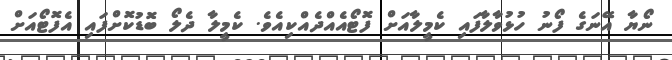
ނޯޔާ އޭނަގެ ފޯނު ހުޅުވާލާފައި ކެމީލާއަށް ފޮޓޯއެއްދެއްކިއެވެ. ކެމީލާ ދެލޯ ބޮޑުކޮށްފައި އެފޮޓޯއަށް